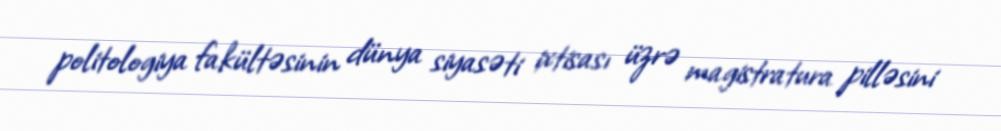
politologiya fakültəsinin dünya siyasəti ixtisası üzrə magistratura pilləsini